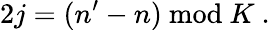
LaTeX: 2j=(n^{\prime}-n){}~\mathrm{mod}{}~K{}~.